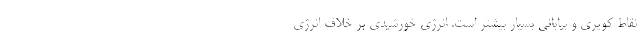
نقاط کویری و بیابانی بسیار بیشتر است. انرژی خورشیدی بر خلاف انرژی